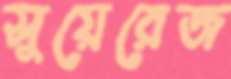
সুয়েরেজ